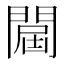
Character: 𨵠